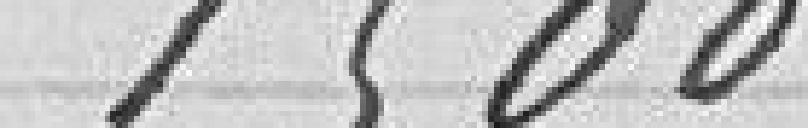
1500